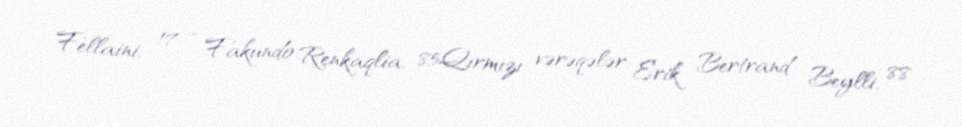
Fellaini, 17 - Fakundo Renkaqlia, 85Qırmızı vərəqələr: Erik Bertrand Beylli, 88